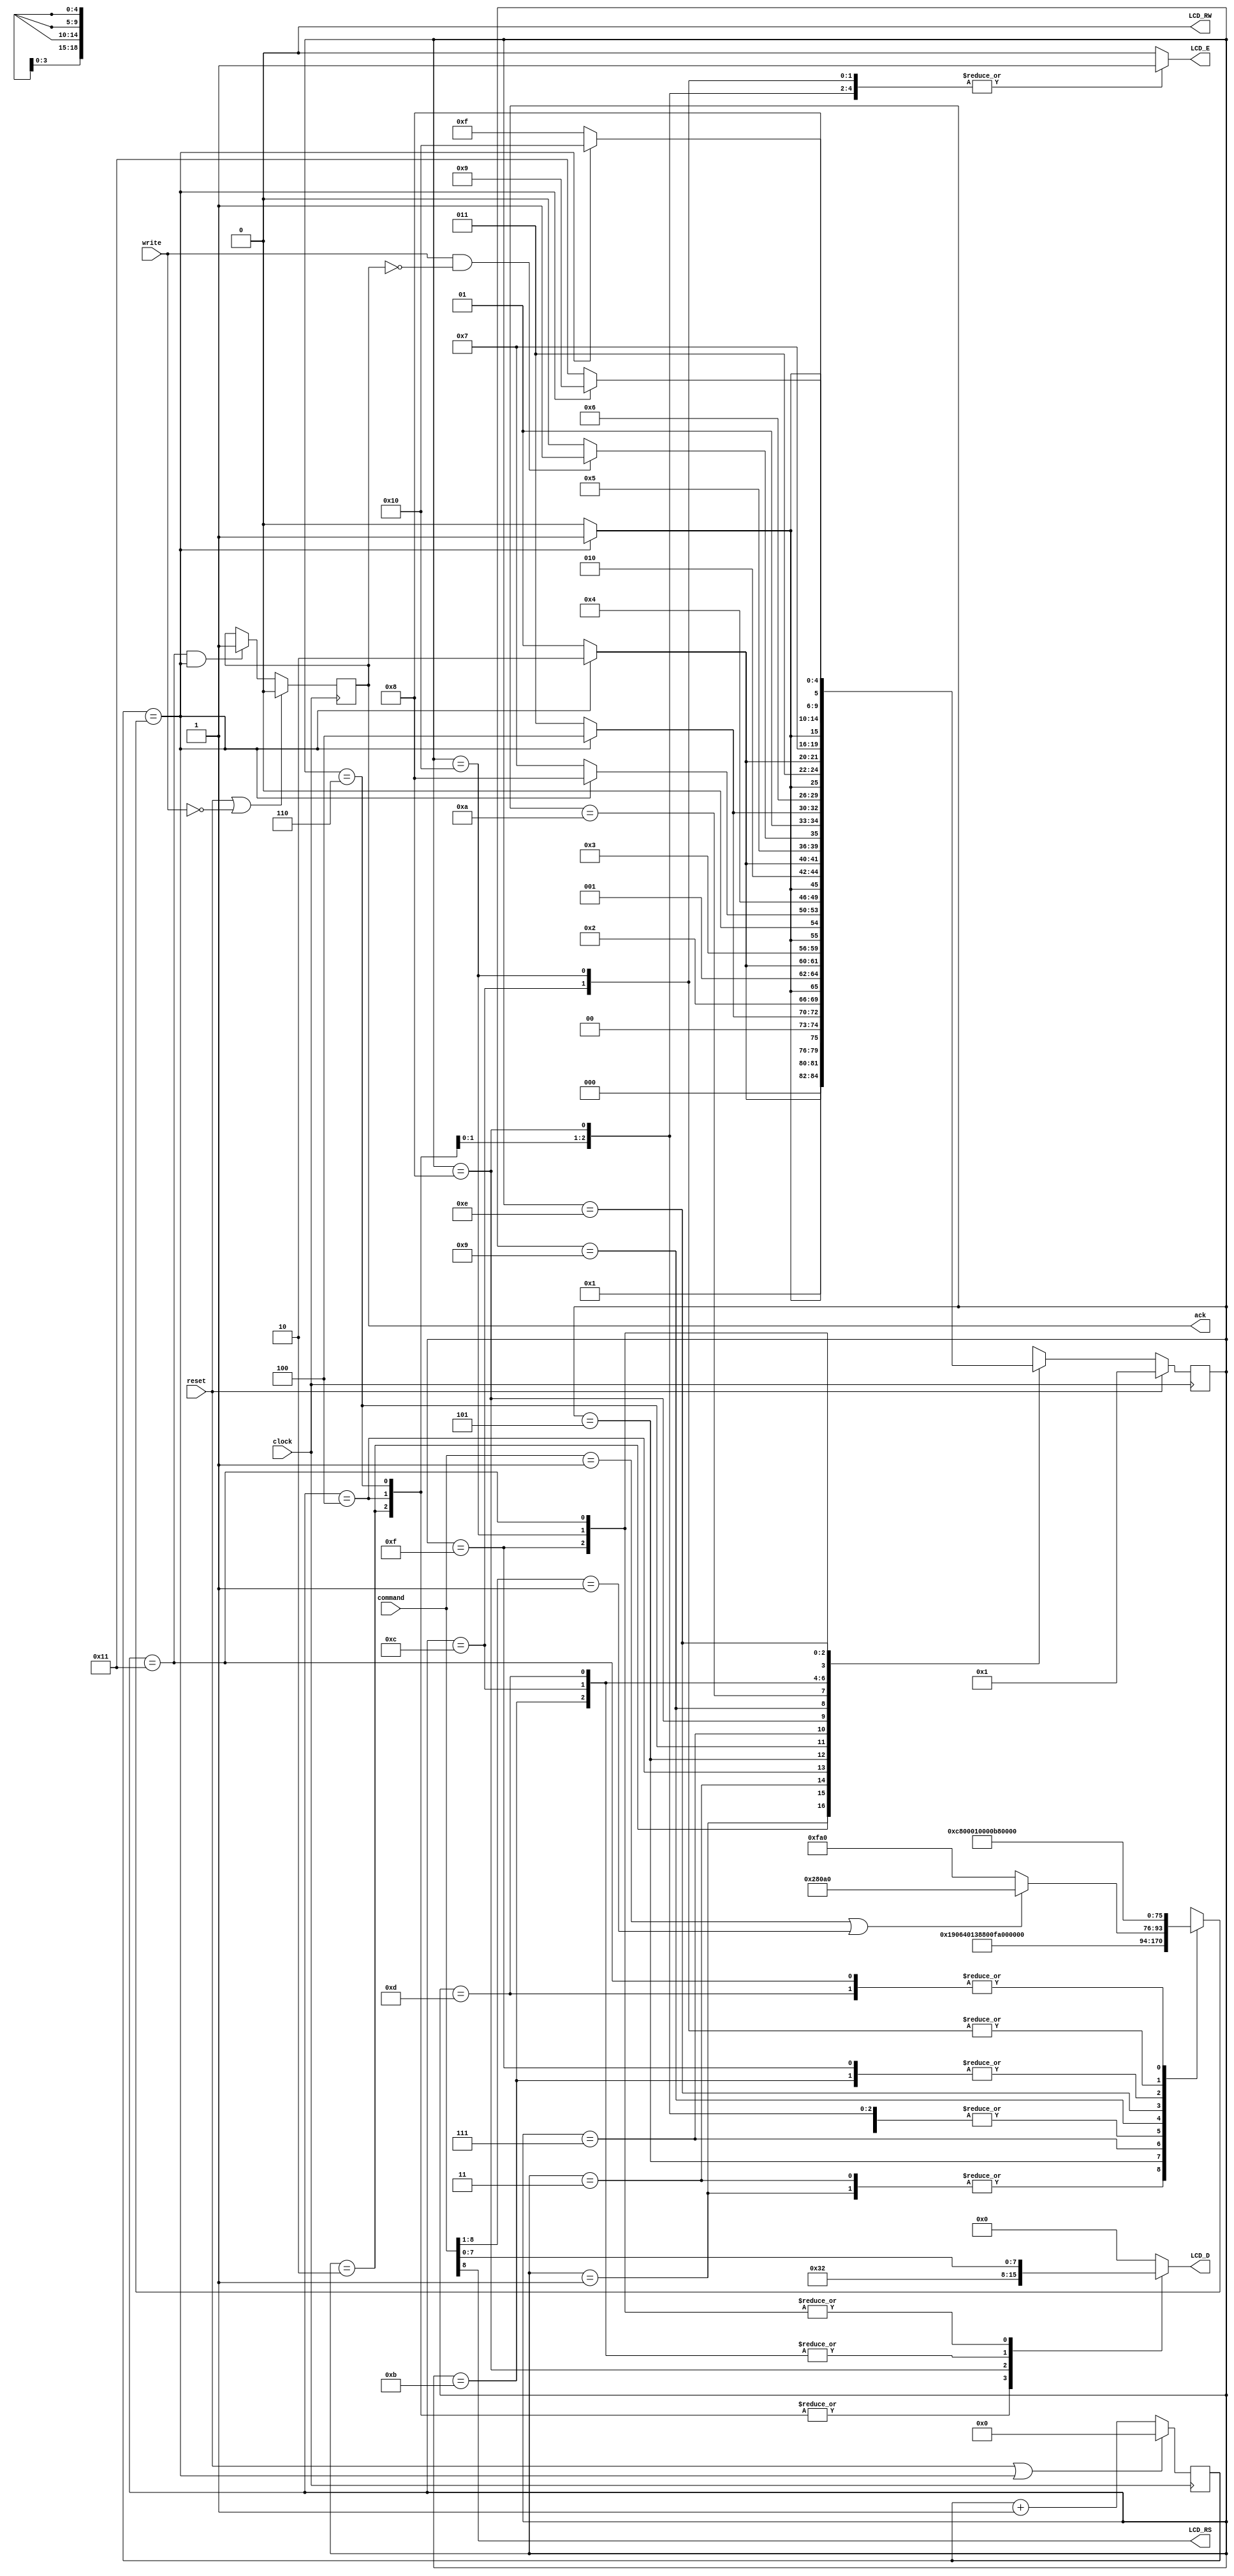
`timescale 1ns / 1ps
/*
 * Project      : University of Utah, XUM Project MIPS32 core
 * Creator(s)   : Grant Ayers (ayers@cs.utah.edu)
 *
 * Modification History:
 *   Rev   Date         Initials  Description of Change
 *   1.0   16-Jun-2011  GEA       Initial design.
 *
 * Standards/Formatting:
 *   Verilog 2001, 4 soft tab, wide column.
 *
 * Description:
 *   A controller for the common 16x2-character LCD screen based on the
 *   Sitronix ST7066U, Samsung S6A0069X / KS0066U, Hitachi HD44780, SMOS SED1278,
 *   or other compatible device. This controller uses a 4-bit data bus, is write-only,
 *   and requires a total of 7 output pins to the LCD. The timing must be adjusted for
 *   different input clock frequencies where noted. The primary version is based on a
 *   100 MHz clock.
 */
module lcd_ctrl(
    input  clock,
    input  reset,
    input  [8:0] command,
    input  write,
    output reg ack,
    //---------------------------------
    output reg [3:0] LCD_D, // 4-bit LCD data bus
    output reg LCD_E,       // Enable
    output LCD_RS,          // Register Select (0->Register; 1->Data)
    output LCD_RW           // Read/Write (0->Write; 1->Read)
    );

    localparam [4:0]    INIT_1=1, INIT_2=2, INIT_3=3, INIT_4=4, INIT_5=5, INIT_6=6, INIT_7=7, INIT_8=8,
                        CMD_WAIT=9, NOP=10, U_SETUP=11, U_ENAB=12, U_HOLD=13, UL_WAIT=14, L_SETUP=15,
                        L_ENAB=16, L_HOLD=17;

    reg  [18:0] count;
    reg  [18:0] compare;
    reg  [4:0] state;
    wire bell;
    wire long_instr;

    assign LCD_RW = 0;                  // There is no reason to read from the LCD screen.
    assign LCD_RS = command[8];
    assign bell = (count == compare);
    assign long_instr = ((command == 9'b0_0000_0001) || (command[8:1] == 8'b0_0000_001));


    /* The count register increments until it equals 'compare' */
    always @(posedge clock) begin
        count <= (reset | bell) ? 19'b0 : count + 1;
    end

    /* Time delays for various states */
    always @(*) begin
        case (state)
            INIT_1   : compare <= 19'd410000;  // 15ms (4.1ms OK due to power-up delay)
            INIT_2   : compare <= 19'd24;      // 240 ns
            INIT_3   : compare <= 19'd410000;  // 4.1 ms
            INIT_4   : compare <= 19'd24;      // 240 ns
            INIT_5   : compare <= 19'd10000;   // 100 us or longer
            INIT_6   : compare <= 19'd24;      // 240 ns
            INIT_7   : compare <= 19'd4000;    // 40  us or longer
            INIT_8   : compare <= 19'd24;      // 240 ns
            CMD_WAIT : compare <= (long_instr) ? 19'd164000 : 19'd4000;   // 40 us or 1.64 ms
            NOP      : compare <= 19'hxxxxx;
            U_SETUP  : compare <= 19'd4;       // 40  ns
            U_ENAB   : compare <= 19'd23;      // 230 ns
            U_HOLD   : compare <= 19'd1;       // 10  ns
            UL_WAIT  : compare <= 19'd100;     // 1   us
            L_SETUP  : compare <= 19'd4;       // 40  ns
            L_ENAB   : compare <= 19'd23;      // 230 ns
            L_HOLD   : compare <= 19'd1;       // 10  ns
            default  : compare <= 19'hxxxxx;
        endcase
    end

    /* The main state machine */
    always @(posedge clock) begin
        if (reset) begin
            state <= INIT_1;
        end
        else begin
            case (state)
                INIT_1   : state <= (bell)  ? INIT_2   : INIT_1;
                INIT_2   : state <= (bell)  ? INIT_3   : INIT_2;
                INIT_3   : state <= (bell)  ? INIT_4   : INIT_3;
                INIT_4   : state <= (bell)  ? INIT_5   : INIT_4;
                INIT_5   : state <= (bell)  ? INIT_6   : INIT_5;
                INIT_6   : state <= (bell)  ? INIT_7   : INIT_6;
                INIT_7   : state <= (bell)  ? INIT_8   : INIT_7;
                INIT_8   : state <= (bell)  ? CMD_WAIT : INIT_8;
                CMD_WAIT : state <= (bell)  ? NOP      : CMD_WAIT;
                NOP      : state <= (write & ~ack) ? U_SETUP  : NOP;
                U_SETUP  : state <= (bell)  ? U_ENAB   : U_SETUP;
                U_ENAB   : state <= (bell)  ? U_HOLD   : U_ENAB;
                U_HOLD   : state <= (bell)  ? UL_WAIT  : U_HOLD;
                UL_WAIT  : state <= (bell)  ? L_SETUP  : UL_WAIT;
                L_SETUP  : state <= (bell)  ? L_ENAB   : L_SETUP;
                L_ENAB   : state <= (bell)  ? L_HOLD   : L_ENAB;
                L_HOLD   : state <= (bell)  ? CMD_WAIT : L_HOLD;
                default  : state <= 5'bxxxxx;
            endcase
        end
    end

    /* Combinatorial enable and data assignments */
    always @(*) begin
        case (state)
            INIT_1   : begin LCD_E <= 0; LCD_D <= 4'b0000; end
            INIT_2   : begin LCD_E <= 0; LCD_D <= 4'b0011; end
            INIT_3   : begin LCD_E <= 0; LCD_D <= 4'b0000; end
            INIT_4   : begin LCD_E <= 1; LCD_D <= 4'b0011; end
            INIT_5   : begin LCD_E <= 0; LCD_D <= 4'b0000; end
            INIT_6   : begin LCD_E <= 1; LCD_D <= 4'b0011; end
            INIT_7   : begin LCD_E <= 0; LCD_D <= 4'b0000; end
            INIT_8   : begin LCD_E <= 1; LCD_D <= 4'b0010; end
            CMD_WAIT : begin LCD_E <= 0; LCD_D <= 4'b0000; end
            NOP      : begin LCD_E <= 0; LCD_D <= 4'b0000; end
            U_SETUP  : begin LCD_E <= 0; LCD_D <= command[7:4]; end
            U_ENAB   : begin LCD_E <= 1; LCD_D <= command[7:4]; end
            U_HOLD   : begin LCD_E <= 0; LCD_D <= command[7:4]; end
            UL_WAIT  : begin LCD_E <= 0; LCD_D <= 4'b0000; end
            L_SETUP  : begin LCD_E <= 0; LCD_D <= command[3:0]; end
            L_ENAB   : begin LCD_E <= 1; LCD_D <= command[3:0]; end
            L_HOLD   : begin LCD_E <= 0; LCD_D <= command[3:0]; end
            default  : begin LCD_E <= 0; LCD_D <= 4'b0000; end
        endcase
    end

    /* Full 4-way Handshake */
    always @(posedge clock) begin
        ack <= (reset | ~write) ? 0 : (((state == L_HOLD) && (bell == 1'b1)) ? 1 : ack);
    end

endmodule